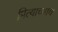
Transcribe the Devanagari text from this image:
पित्याच्याच